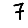
Digit: 7